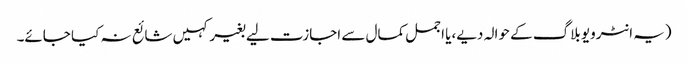
(یہ انٹرویو بلاگ کے حوالہ دیے،یا اجمل کمال سے اجازت لیے بغیر کہیں شائع نہ کیا جائے۔